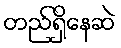
တည်ရှိနေဆဲ